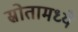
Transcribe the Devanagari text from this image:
स्रोतामध्ये